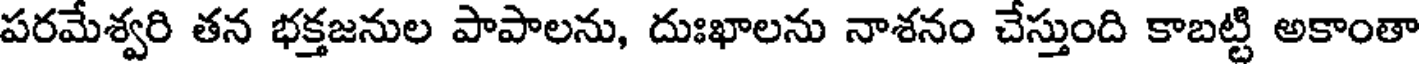
పరమేశ్వరి తన భక్తజనుల పాపాలను, దుఃఖాలను నాశనం చేస్తుంది కాబట్టి అకాంతా